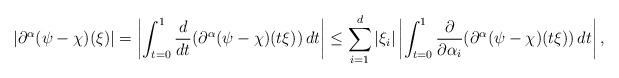
LaTeX: \begin{align*}\left|\partial^{\alpha}(\psi-\chi)(\xi)\right| = \left|\int_{t=0}^1 \frac{d}{dt}(\partial^{\alpha}(\psi-\chi)(t\xi))\,dt \right| \leq \sum_{i=1}^d |\xi_i| \left|\int_{t=0}^1 \frac{\partial}{\partial \alpha_i}(\partial^{\alpha}(\psi-\chi)(t\xi))\,dt\right|,\end{align*}